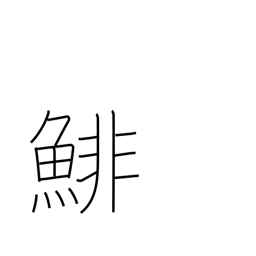
Meaning: herring